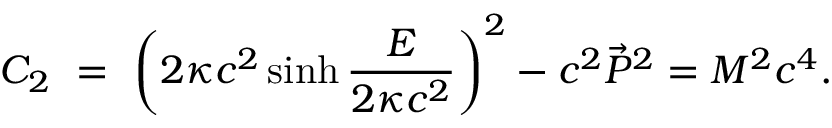
C _ { 2 } \ = \ \left( 2 \kappa c ^ { 2 } \sinh \frac { E } { 2 \kappa c ^ { 2 } } \right) ^ { 2 } - c ^ { 2 } \vec { P } ^ { 2 } = M ^ { 2 } c ^ { 4 } .